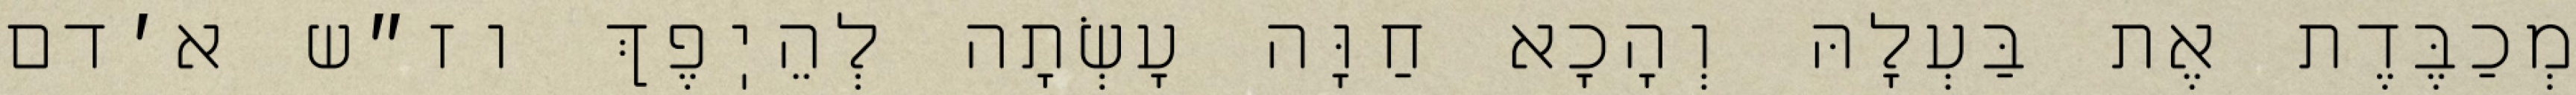
מְכַבֶּדֶת אֶת בַּעְלָהּ וְהָכָא חַוָּה עָשְׂתָה לְהֵיֽפֶךְ וז״ש א׳דם